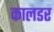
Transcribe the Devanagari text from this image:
कालडर